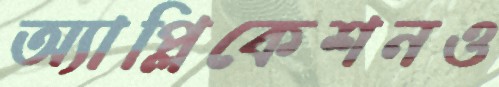
অ্যাপ্লিকেশনও